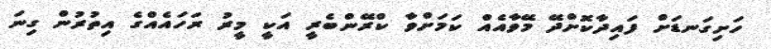
ހަށިގަނޑަށް ފައިދާކޮށްދޭ މޭވާއެއް ކަމަށްވާ ކްރޭންބެރީ އަކީ މީރު ރަހައެއްގެ އިތުރުން ގިނަ